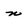
Character: n